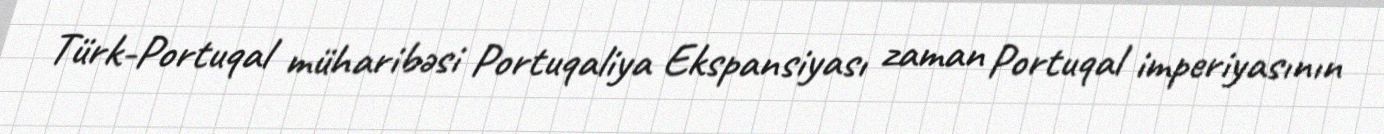
Türk-Portuqal müharibəsi Portuqaliya Ekspansiyası zaman Portuqal imperiyasının